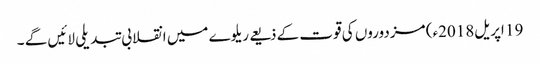
19 اپریل2018ء) مزدوروں کی قوت کے ذیعے ریلوے میں انقلابی تبدیلی لائیں گے ۔